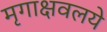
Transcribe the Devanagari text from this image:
मृगाक्षवलये